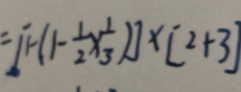
= [ 1 - ( 1 - \frac { 1 } { 2 } \times \frac { 1 } { 3 } ) ] \times [ 2 + 3 ]